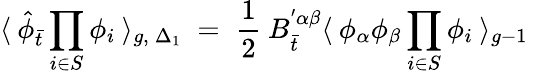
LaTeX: \langle\: {\hat{\phi}}_{\bar{t}}\prod_{i\in S}\phi_{i}\: \rangle_{g,\: {\Delta_{1}}}\; =\; \frac{1}{2}\: B_{\bar{t}}^{'\alpha\beta}\langle\: \phi_{\alpha}\phi_{\beta}\prod_{i\in S}\phi_{i}\: \rangle_{g-1}\,